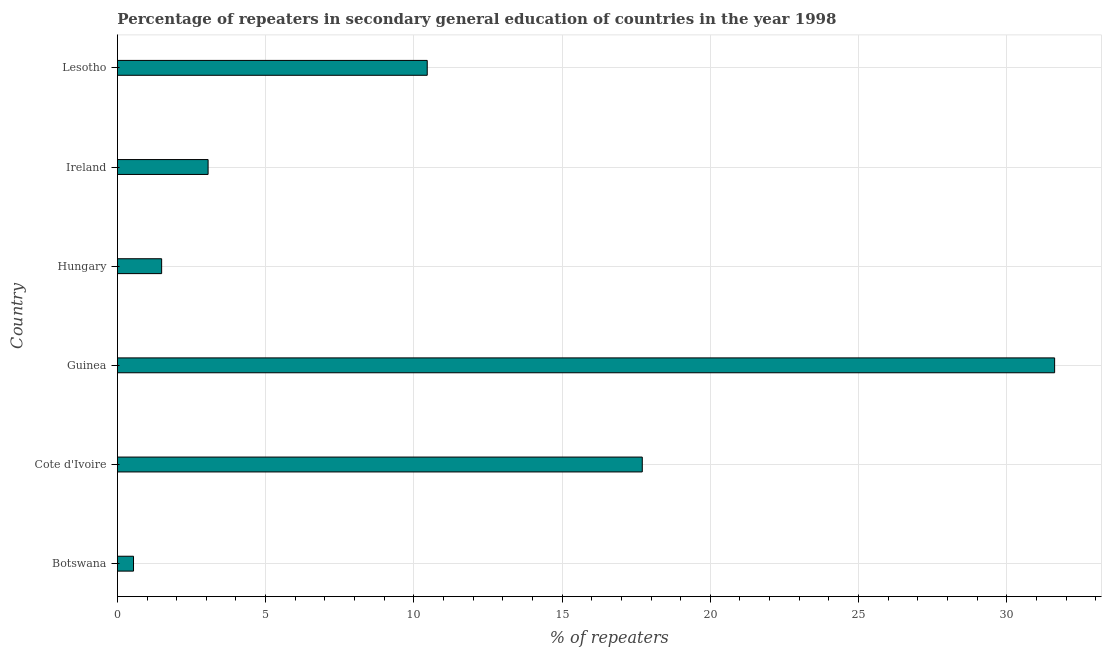
| Country | Percentage of repeaters |
 | --- | --- |
 | Botswana | 0.544 |
 | Cote d'Ivoire | 17.7 |
 | Guinea | 31.6 |
 | Hungary | 1.49 |
 | Ireland | 3.06 |
 | Lesotho | 10.5 |